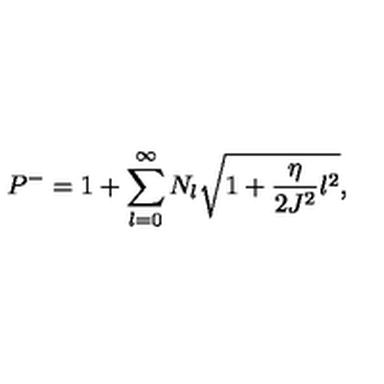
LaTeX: P ^ { - } = 1 + \sum _ { l = 0 } ^ { \infty } N _ { l } \sqrt { 1 + \frac { \eta } { 2 J ^ { 2 } } l ^ { 2 } } ,